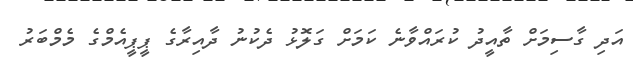
އަދި ގާސިމަށް ތާއީދު ކުރައްވާނެ ކަމަށް ގަލޮޅު ދެކުނު ދާއިރާގެ ޕީޕީއެމްގެ މެމްބަރު